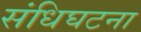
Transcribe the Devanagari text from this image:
संधिघटना